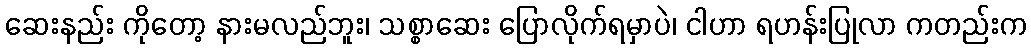
ဆေးနည်း ကိုတော့ နားမလည်ဘူး၊ သစ္စာဆေး ပြောလိုက်ရမှာပဲ၊ ငါဟာ ရဟန်းပြုလာ ကတည်းက